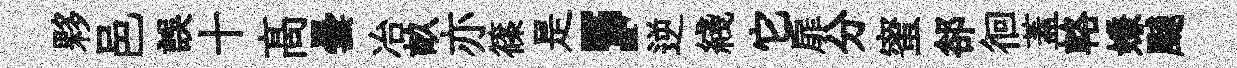
夥邑誤十髙曇冶畝亦篠是，逆綫它扉分蜜郤徊蓋輅嫌飇